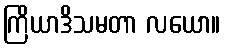
ကြိယာဒိသမတာ လယော။